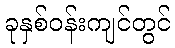
ခုနှစ်ဝန်းကျင်တွင်